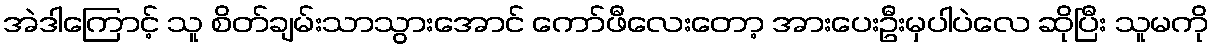
အဲဒါကြောင့် သူ စိတ်ချမ်းသာသွားအောင် ကော်ဖီလေးတော့ အားပေးဦးမှပါပဲလေ ဆိုပြီး သူမကို